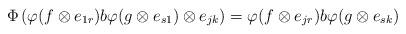
LaTeX: \begin{align*}\Phi\left(\varphi(f\otimes e_{1r})b\varphi(g\otimes e_{s1})\otimes e_{jk}\right)=\varphi(f\otimes e_{jr})b\varphi(g\otimes e_{sk})\end{align*}